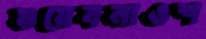
শুয়েবনাওশ